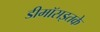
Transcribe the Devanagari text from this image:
डीमॉसइतके